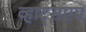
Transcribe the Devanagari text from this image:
व्हाट्सएप